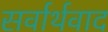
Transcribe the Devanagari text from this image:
सर्वार्थवाद